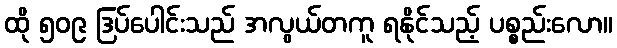
ထို ၅၀၉ ဒြပ်ပေါင်းသည် အလွယ်တကူ ရနိုင်သည့် ပစ္စည်းလော။